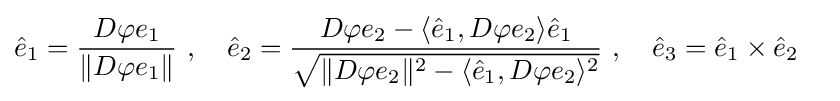
{\begin{aligned}{\hat {e}}_{1}&={\frac {D\varphi e_{1}}{\|D\varphi e_{1}\|}}\ ,\ \ \ {\hat {e}}_{2}={\frac {D\varphi e_{2}-\langle {\hat {e}}_{1},D\varphi e_{2}\rangle {\hat {e}}_{1}}{\sqrt {\|D\varphi e_{2}\|^{2}-\langle {\hat {e}}_{1},D\varphi e_{2}\rangle ^{2}}}}\ ,\ \ \ {\hat {e}}_{3}={\hat {e}}_{1}\times {\hat {e}}_{2}\end{aligned}}